Vaccination United Provinces of Agra and Oudh 1902-1913 - 1902-1913
Year: 1902
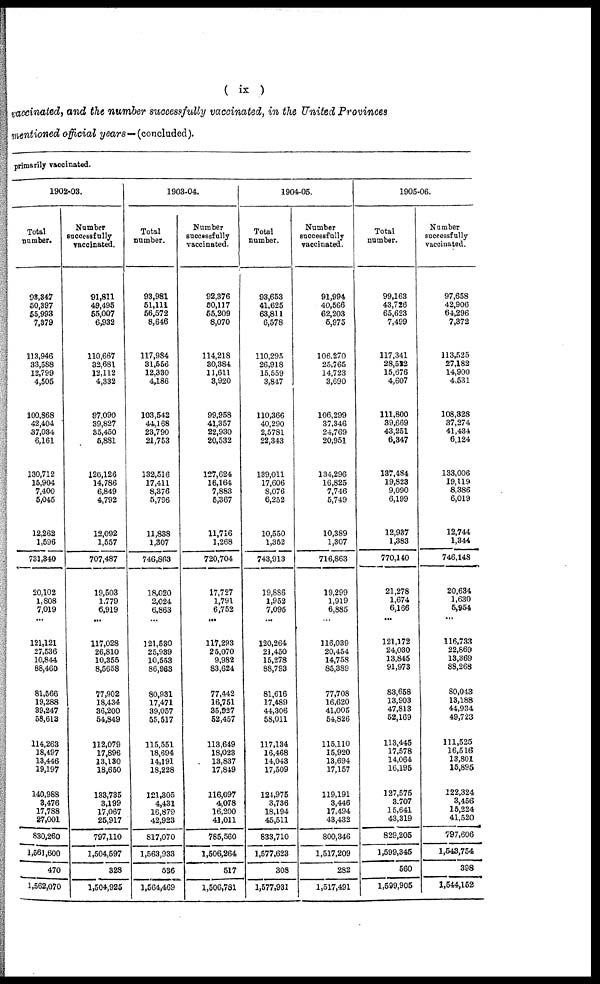
( ix )
vaccinated, and the number successfully vaccinated, in the United Provinces
mentioned official years — (concluded).
primarily vaccinated.
1902-03.
Total
number.
93,347
50,397
55,993
7,379
113,946
33,588
12,799
4,505
100,868
42,404
37,034
6,161
130,712
15,904
7,400
5,045
12,262
1,596
731,340
20,102
1,808
7,019
...
121,121
27,536
10,844
88,460
81,566
19,288
39,247
58,613
114,263
18,497
13,446
19,197
140,988
3,476
17,788
27,001
830,260
1,561,600
470
1,562,070
Number
successfully
vaccinated.
91,811
49,495
55,007
6,932
110,667
32,681
12,112
4,332
97,090
39,827
35,450
5,881
126,126
14,786
6,849
4,792
12,092
1,557
707,487
19,503
1,779
6,919
...
117,028
26,810
10,355
8,5658
77,902
18,434
36,200
54,849
112,079
17,896
13,130
18,650
133,735
3,199
17,067
25,917
797,110
1,504,597
328
1,504,925
1903-04.
Total
number.
93,981
51,111
56,572
8,646
117,984
31,556
12,330
4,186
103,542
44,168
23,790
21,753
132,516
17,411
8,376
5,796
11,838
1,307
746,863
18,020
2,024
6,863
...
121,530
25,939
10,553
86,963
80,931
17,471
39,057
55,517
115,551
18,694
14,191
18,228
121,305
4,431
16,879
42,923
817,070
1,563,933
536
1,564,469
Number
successfully
vaccinated.
92,376
50,117
55,209
8,070
114,218
30,384
11,611
3,920
99,958
41,357
22,930
20,532
127,624
16,164
7,883
5,367
11,716
1,268
720,704
17,727
1,791
6,752
...
117,293
25,070
9,982
83,624
77,442
16,751
35,927
52,457
113,649
18,023
13,837
17,849
116,097
4,078
16,200
41,011
785,560
1,506,264
517
1,506,781
1904-05.
Total
number.
93,653
41,625
63,811
6,578
110,295
26,918
15,559
3,847
110,366
40,290
2,5781
22,343
139,011
17,606
8,076
6,252
10,550
1,352
743,913
19,886
1,952
7,095
...
120,264
21,450
15,278
88,793
81,616
17,489
44,306
58,011
117,134
16,468
14,043
17,509
124,975
3,736
18,194
45,511
833,710
1,577,623
308
1,577,931
Number
successfully
vaccinated.
91,994
40,566
62,203
5,975
106,270
25,765
14,723
3,690
106,299
37,346
24,769
20,951
134,296
16,825
7,746
5,749
10,389
1,307
716,863
19,299
1,919
6,885
...
116,039
20,454
14,758
85,389
77,708
16,620
41,005
54,826
115,110
15,920
13,694
17,157
119,191
3,446
17,494
43,432
800,346
1,517,209
282
1,517,491
1905-06.
Total
number.
99,163
43,726
65,623
7,499
117,341
28,522
15,676
4,607
111,800
39,669
43,251
6,347
137,484
19,823
9,090
6,199
12,937
1,383
770,140
21,278
1,674
6,166
...
121,172
24,030
13,845
91,973
83,658
13,903
47,813
52,169
113,445
17,578
14,064
16,195
127,575
3,707
15,641
43,319
829,205
1,599,345
560
1,599,905
Number
successfully
vaccinated.
97,658
42,906
64,296
7,372
113,525
27,182
14,900
4,531
108,328
37,274
41,434
6,124
133,006
19,119
8,386
6,019
12,744
1,344
746,148
20,634
1,630
5,954
...
116,733
22,869
13,369
88,268
80,043
13,188
44,934
49,723
111,525
16,516
13,801
15,895
122,324
3,456
15,224
41,520
797,606
1,543,754
398
1,544,152